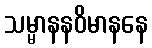
သမ္မာနနဝိမာနနေ